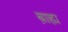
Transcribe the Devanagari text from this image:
ब़ाह्य